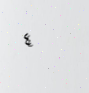
٤